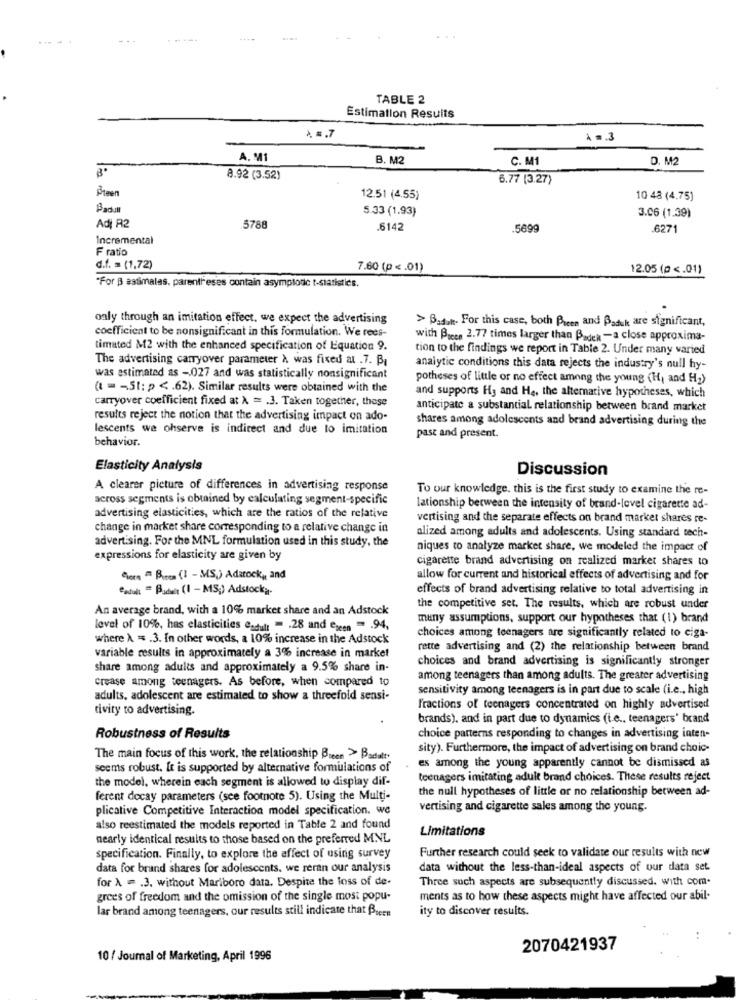
----
TABLE 2
Estimation Results
) =. 7
A. M
B. M2
C. M1
D. M2
8.92 (3.52)
6.77 [3.27)
Preen
12.51 (4.55)
10 48 (4.75)
Padult
5.33 (1.93)
3.06 (1.39)
Adi R2
5788
.6142
.5699
.6271
Incremental
F ratio
d.f. = (1,72)
7.60 (p <. 01)
12.05 (p <. 01)
"For B astimalas, parentheses contain asymplode t-statistics.
only through an imitation effect, we expect the advertising
> Bad.h. For this case, both Prees and Paduk are significant,
coefficient to be nonsignificant in this formulation. We rees-
with Brees 2.77 times larger than Baden -a close approxima-
timated M2 with the enhanced specification of Equation 9.
tion to the findings we report in Table 2. Under many varied
The advertising carryover parameter À was fixed al .7. B,
analytic conditions this data rejects the industry's null hy-
was estimated as -027 and was statistically nonsignificant
potheses of little or no effect among the young (H, and H2)
(t = - 51: p <. 62). Similar results were obtained with the
carryover coefficient fixed at A = . 3. Taken together, those
and supports H3 and He, the alternative hypotheses, which
anticipate a substantial relationship between brand market
results reject the notion that the advertising impact on ado-
shares among adolescents and brand advertising during the
lescents we ohserve is indirect and due to imitation
behavior.
past and present.
Elasticity Analysis
Discussion
A clearer picture of differences in advertising response
To our knowledge. this is the first study to examine the re-
across segments is obtained by calculating segment-specific
lationship between the intensity of brand-level cigarette ad-
advertising elasticities, which are the ratios of the relative
vertising and the separate effects on brand market shares re-
change in market share corresponding to a relative change in
alized among adults and adolescents. Using standard tech-
advertising. For the MNL formulation used in this study, the
niques to analyze market share, we modeled the impact of
expressions for elasticity are given by
cigarette brand advertising on realized market shares to
Geen = Boron (1 - MS,) Adatock, and
allow for current and historical effects of advertising and for
"adult = Badwit (I - MS;) Adstocka.
effects of brand advertising relative to total advertising in
An average brand, with a 10% market share and an Adstock
the competitive set. The results, which are robust under
many assumptions, support our hypotheses that (1) brand
level of 10%, has elasticities "adult - . 28 and eseen = . 94,
where A = . 3. In other words, a 10% increase in the Adstock
choices among teenagers are significantly related to ciga-
variable results in approximately a 3% increase in market
rette advertising and (2) the relationship between brand
choices and brand advertising is significantly stronger
share among adults and approximately a 9.5% share in-
crease among teenagers. As before, when compared to
among teenagers than among adults. The greater advertising
sensitivity among teenagers is in part due to scale (i.e ., high
adults, adolescent are estimated to show a threefold sensi-
tivity to advertising.
Fractions of teenagers concentrated on highly advertised
brands), and in part due to dynamics (t.e ., teenagers' brand
Robustness of Results
choice patterns responding to changes in advertising inten-
sity). Furthermore, the impact of advertising on brand choic-
The main focus of this work, the relationship Been >> Badatt.
es among the young apparently cannot be dismissed as
seems robust. It is supported by alternative formulations of
the model, wherein each segment is allowed to display dif-
teenagers imitating adult brand choices. These results reject
the null hypotheses of little or no relationship between ad-
ferent decay parameters (see footnote 5). Using the Multi-
plicative Competitive Interaction model specification. we
vertising and cigarette sales among the young.
also reestimated the models reported in Table 2 and found
Limitations
nearly identical results to those based on the preferred MNL
specification. Finally, to explore the effect of using survey
Further research could seek to validate our results with new
data for brand shares for adolescents. we reran our analysis
data without the less-than-ideal aspects of our data set
for A = 3. without Mariboro data. Despite the loss of de-
Three such aspects are subsequently discussed. with com-
grees of freedom and the omission of the single most popu-
ments as to how these aspects might have affected our abil.
lar brand among teenagers, our results still indicate that Breen
ity to discover results.
2070421937
10 / Journal of Marketing, April 1996